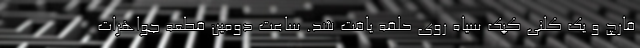
قارچ و یک کلنی کپک سیاه روی حلقه یافت شد. ساعت دومین قطعه جواهرات